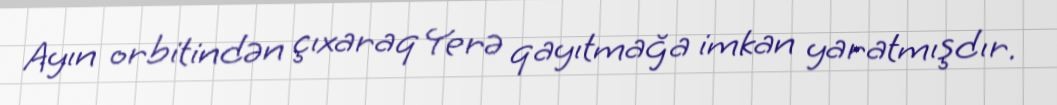
Ayın orbitindən çıxaraq Yerə qayıtmağa imkan yaratmışdır.